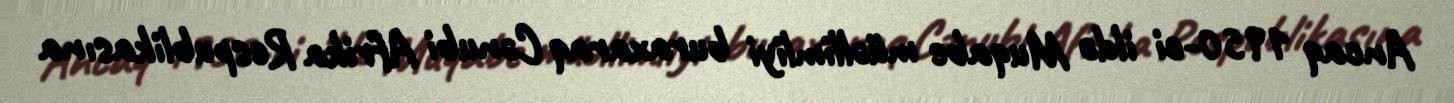
Ancaq 1950-ci ildə Muqabe müəllimliyi buraxaraq Cənubi Afrika Respublikasına